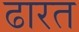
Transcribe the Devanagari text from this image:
ढारत